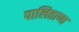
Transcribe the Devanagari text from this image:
पालिताणा